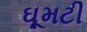
ઘૂમટી